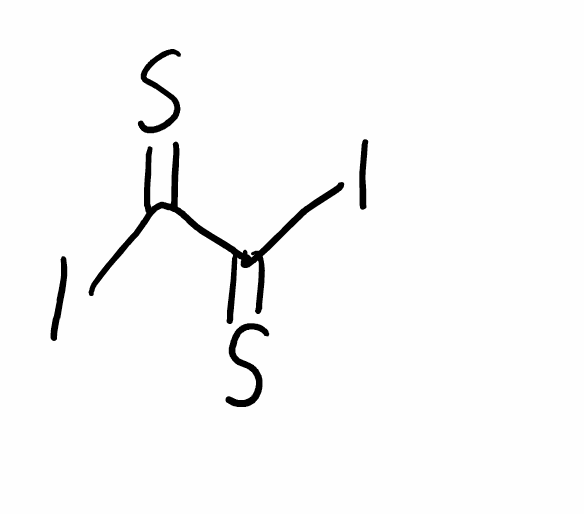
Simplified molecular-input line-entry system (SMILES) notation of the given molecule:
C(=S)(C(=S)I)I